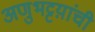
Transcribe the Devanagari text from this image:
अणुभट्टय़ांची